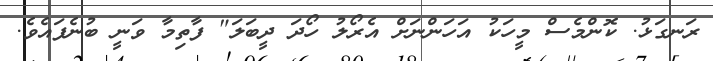
ރަނގަޅު. ކޮންމެސް މީހަކު އަހަންނަށް އެރޯލު ހޯދަ ދީބަލަ" ފާތިމާ ވަނީ ބުނެފައެވެ.